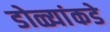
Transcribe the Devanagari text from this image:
डोळ्यांकडे